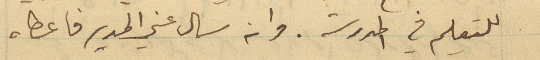
للتعليم في المدرسة. وانه سال عني المدير فاعطاه